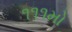
૧૧૧મો